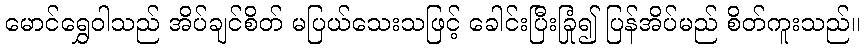
မောင်ရွှေဝါသည် အိပ်ချင်စိတ် မပြယ်သေးသဖြင့် ခေါင်းပြီးခြုံ၍ ပြန်အိပ်မည် စိတ်ကူးသည်။